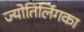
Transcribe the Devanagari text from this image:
ज्योतिर्लिगका